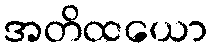
အတိထယော